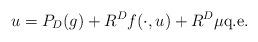
LaTeX: \begin{align*}u=P_D (g)+R^Df(\cdot,u)+R^D\mu\mbox{q.e.}\end{align*}